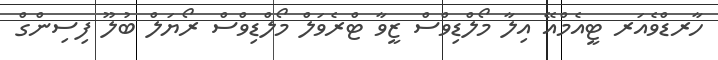
ހާރޑްވެއަރ ޓީއެމްއޭ އިލާ މޯލްޑިވްސް ޒީވާ ޓްރެވަލް މޯލްޑިވްސް ރޯޔަލް ބުލޫ ފިސިންގް